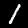
Label: 1